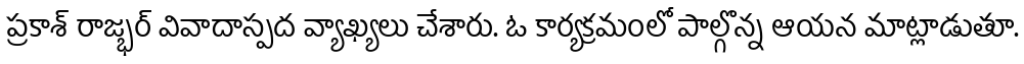
ప్రకాశ్ రాజ్భర్ వివాదాస్పద వ్యాఖ్యలు చేశారు. ఓ కార్యక్రమంలో పాల్గొన్న ఆయన మాట్లాడుతూ.